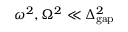
\omega ^ { 2 } , \Omega ^ { 2 } \ll { \Delta _ { \mathrm { g a p } } ^ { 2 } }